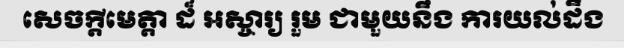
សេចក្តីមេត្តា ដ៏ អស្ចារ្យ រួម ជាមួយនឹង ការយល់ដឹង